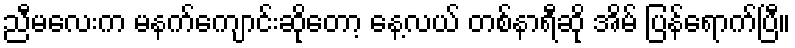
ညီမလေးက မနက်ကျောင်းဆိုတော့ နေ့လယ် တစ်နာရီဆို အိမ် ပြန်ရောက်ပြီ။